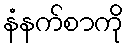
နံနက်စာကို